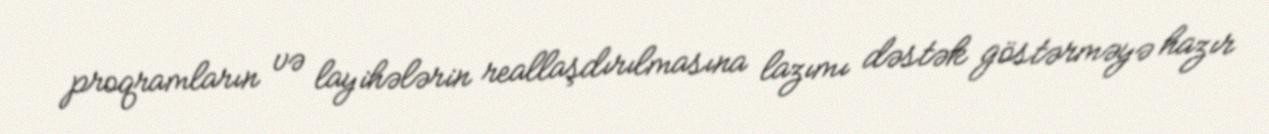
proqramların və layihələrin reallaşdırılmasına lazımı dəstək göstərməyə hazır